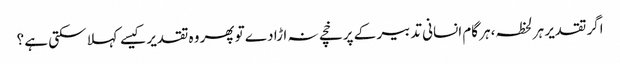
اگر تقدیر ہر لحظہ،ہر گام انسانی تدبیر کے پرخچے نہ اڑا دے تو پھر وہ تقدیر کیسے کہلا سکتی ہے ؟